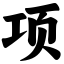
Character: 项